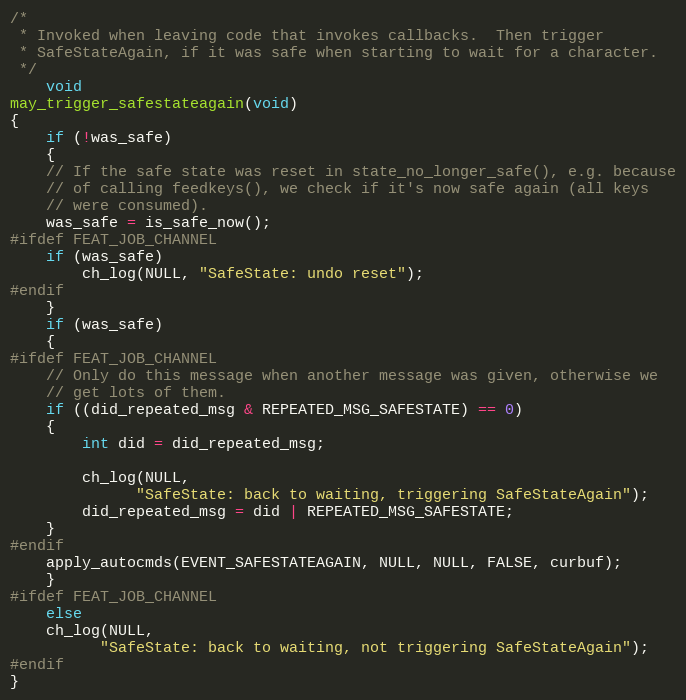
Language: C
/*
 * Invoked when leaving code that invokes callbacks.  Then trigger
 * SafeStateAgain, if it was safe when starting to wait for a character.
 */
    void
may_trigger_safestateagain(void)
{
    if (!was_safe)
    {
	// If the safe state was reset in state_no_longer_safe(), e.g. because
	// of calling feedkeys(), we check if it's now safe again (all keys
	// were consumed).
	was_safe = is_safe_now();
#ifdef FEAT_JOB_CHANNEL
	if (was_safe)
	    ch_log(NULL, "SafeState: undo reset");
#endif
    }
    if (was_safe)
    {
#ifdef FEAT_JOB_CHANNEL
	// Only do this message when another message was given, otherwise we
	// get lots of them.
	if ((did_repeated_msg & REPEATED_MSG_SAFESTATE) == 0)
	{
	    int did = did_repeated_msg;

	    ch_log(NULL,
		      "SafeState: back to waiting, triggering SafeStateAgain");
	    did_repeated_msg = did | REPEATED_MSG_SAFESTATE;
	}
#endif
	apply_autocmds(EVENT_SAFESTATEAGAIN, NULL, NULL, FALSE, curbuf);
    }
#ifdef FEAT_JOB_CHANNEL
    else
	ch_log(NULL,
		  "SafeState: back to waiting, not triggering SafeStateAgain");
#endif
}